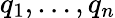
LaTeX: q_{1},\ldots,q_{n}